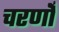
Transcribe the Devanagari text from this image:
चरणोँ